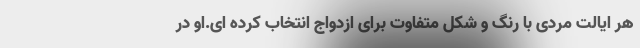
هر ایالت مردی با رنگ و شکل متفاوت برای ازدواج انتخاب کرده ای.او در